Indian journal of veterinary science and animal husbandry - Volume 8,
Year: 1938
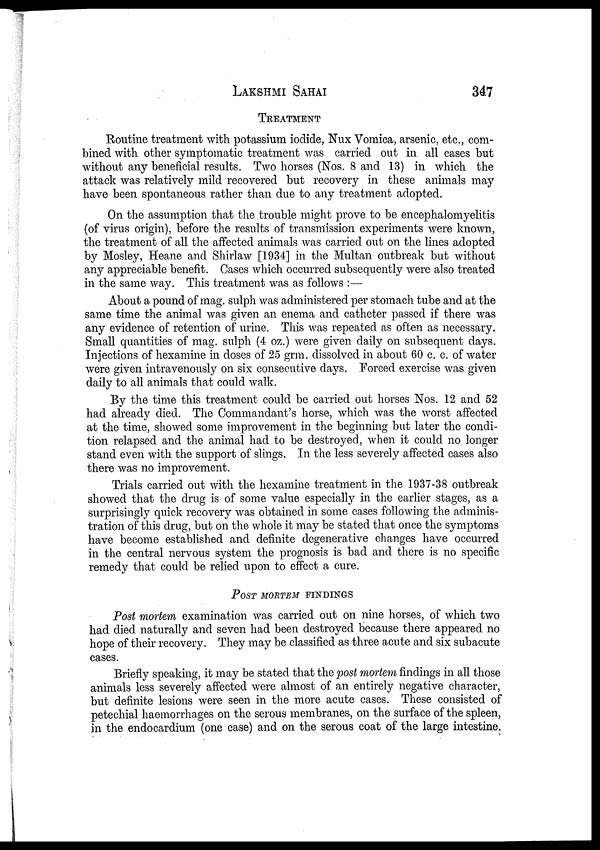
LAKSHMI
SAHAI
347
TREATMENT
Routine treatment with potassium iodide, Nux Vomica, arsenic, etc., com-
bined with other symptomatic treatment was carried out in all cases but
without any beneficial results. Two horses (Nos. 8 and 13) in which the
attack was relatively mild recovered but recovery in these animals may
have been spontaneous rather than due to any treatment adopted.
On the assumption that the trouble might prove to be encephalomyelitis
(of virus origin), before the results of transmission experiments were known,
the treatment of all the affected animals was carried out on the lines adopted
by Mosley, Heane and Shirlaw [1934] in the Multan outbreak but without
any appreciable benefit. Cases which occurred subsequently were also treated
in the same way. This treatment was as follows :—
About a pound of mag. sulph was administered per stomach tube and at the
same time the animal was given an enema and catheter passed if there was
any evidence of retention of urine. This was repeated as often as necessary.
Small quantities of mag. sulph (4 oz.) were given daily on subsequent days.
Injections of hexamine in doses of 25 grm. dissolved in about 60 c. c. of water
were given intravenously on six consecutive days. Forced exercise was given
daily to all animals that could walk.
By the time this treatment could be carried out horses Nos. 12 and 52
had already died. The Commandant's horse, which was the worst affected
at the time, showed some improvement in the beginning but later the condi-
tion relapsed and the animal had to be destroyed, when it could no longer
stand even with the support of slings. In the less severely affected cases also
there was no improvement.
Trials carried out with the hexamine treatment in the 1937-38 outbreak
showed that the drug is of some value especially in the earlier stages, as a
surprisingly quick recovery was obtained in some cases following the adminis-
tration of this drug, but on the whole it may be stated that once the symptoms
have become established and definite degenerative changes have occurred
in the central nervous system the prognosis is bad and there is no specific
remedy that could be relied upon to effect a cure.
POST MORTEM FINDINGS
Post mortem examination was carried out on nine horses, of which two
had died naturally and seven had been destroyed because there appeared no
hope of their recovery. They may be classified as three acute and six subacute
cases.
Briefly speaking, it may be stated that the post mortem findings in all those
animals less severely affected were almost of an entirely negative character,
but definite lesions were seen in the more acute cases. These consisted of
petechial haemorrhages on the serous membranes, on the surface of the spleen,
in the endocardium (one case) and on the serous coat of the large intestine.